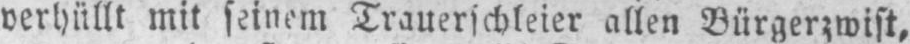
verhüllt mit seinem Trauerschleier allen Bürgerzwist,